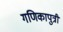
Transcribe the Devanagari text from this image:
गणिकापुत्री